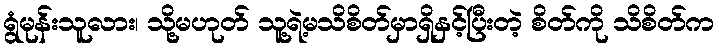
ရွံမုန်းသူလား၊ သို့မဟုတ် သူ့ရဲ့မသိစိတ်မှာရှိနှင့်ပြီးတဲ့ စိတ်ကို သိစိတ်က